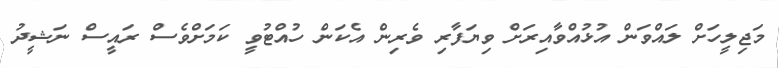
މަޖިލީހަށް ލައްވަން އުޅުއްވާއިރަށް ވިޔަފާރި ވެރިން އެކަން ހުއްޓުވީ ކަމަށްވެސް ރައީސް ނަޝީދު